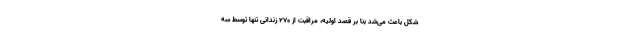
شکل باعث می‌شد بنا بر قصد اولیه، مراقبت از ۲۷۰ زندانی تنها توسط سه